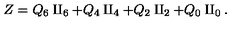
Z = Q _ { 6 } \amalg _ { 6 } + Q _ { 4 } \amalg _ { 4 } + Q _ { 2 } \amalg _ { 2 } + Q _ { 0 } \amalg _ { 0 } .